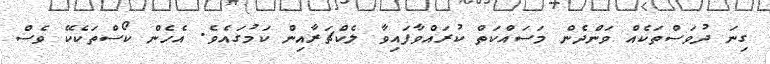
ގިނަ ދުވަސްތަކެއް ވަންދެން މަސައްކަތް ކުރައްވާފައިވާ ލެކްޗަރާއިން ކަމުގައެވެ. އެހެން ކޯސްތަކެކޭ ވެސް